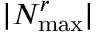
| N _ { \operatorname* { m a x } } ^ { r } |